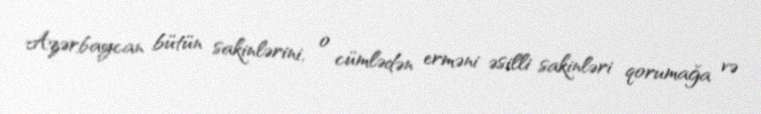
Azərbaycan bütün sakinlərini, o cümlədən erməni əsilli sakinləri qorumağa və